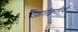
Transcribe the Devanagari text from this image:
देल्लांतीक्वारियों